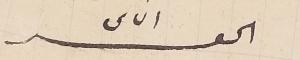
الحقير الياس